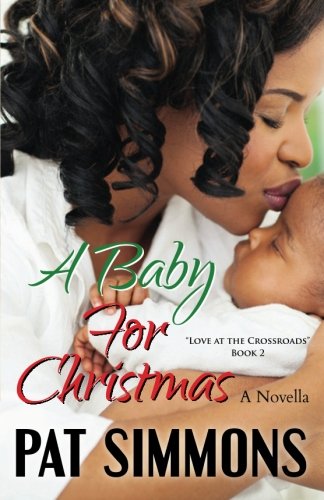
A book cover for A Baby for Christmas (Love at The Crossroads) (Volume 2); Pat Simmons; Literature & Fiction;